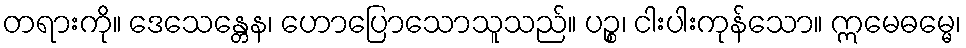
တရားကို။ ဒေသေန္တေန၊ ဟောပြောသောသူသည်။ ပဉ္စ၊ ငါးပါးကုန်သော။ ဣမေဓမ္မေ၊